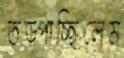
তড়্‌পাচ্ছিলেম